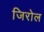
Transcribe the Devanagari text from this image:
जिरोल